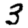
Digit: 3